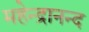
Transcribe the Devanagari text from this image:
महेन्द्रानन्द